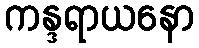
ကန္ဒရာယနော